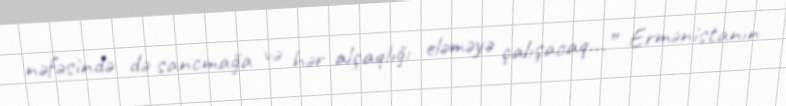
nəfəsində də sancmağa və hər alçaqlığı eləməyə çalışacaq...” Ermənistanın